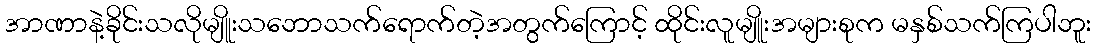
အာဏာနဲ့ခိုင်းသလိုမျိူးသဘောသက်ရောက်တဲ့အတွက်ကြောင့် ထိုင်းလူမျိူးအများစုက မနှစ်သက်ကြပါဘူး